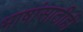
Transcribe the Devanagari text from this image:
भाषांसाठीही